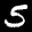
Label: 5